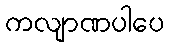
ကလျာဏပါပေ